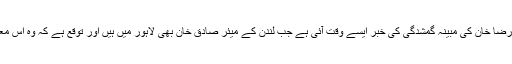
ایمنٹسی انٹرنیشنل کی طرف سے کہا گیا ہے کہ رضا خان کی مبینہ گمشدگی کی خبر ایسے وقت آئی ہے جب لندن کے میئر صادق خان بھی لاہور میں ہیں اور توقع ہے کہ وہ اس معاملے کو پاکستانی حکام کے سامنے اٹھائیں گے۔